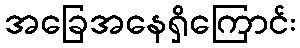
အခြေအနေရှိကြောင်း